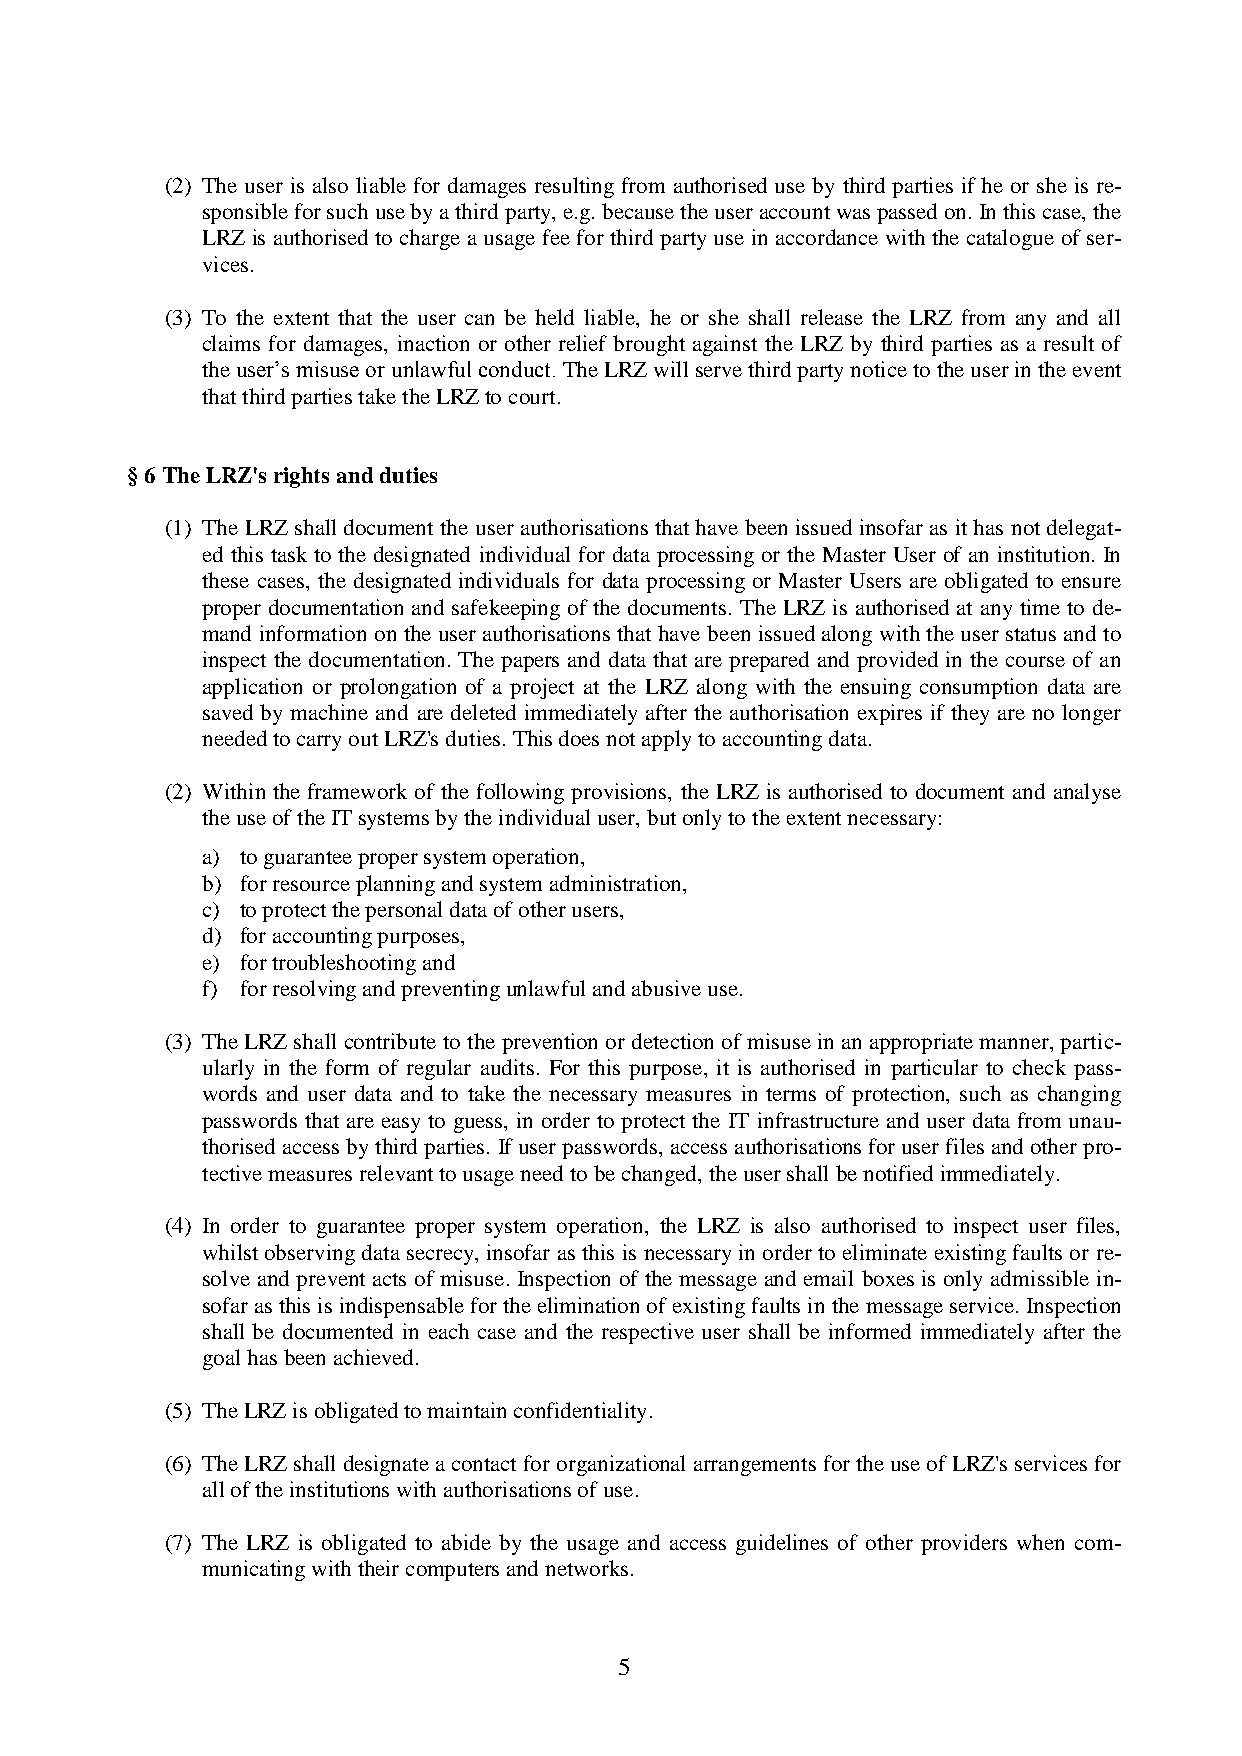
(2) The user is also liable for damages resulting from authorised use by third parties if he or she is re-
 sponsible for such use by a third party, e.g. because the user account was passed on. In this case, the
 LRZ is authorised to charge a usage fee for third party use in accordance with the catalogue of ser-
 vices.
 (3) To the extent that the user can be held liable, he or she shall release the LRZ from any and all
 claims for damages, inaction or other relief brought against the LRZ by third parties as a result of
 the user’s misuse or unlawful conduct. The LRZ will serve third party notice to the user in the event
 that third parties take the LRZ to court.
 § 6 The LRZ's rights and duties
 (1) The LRZ shall document the user authorisations that have been issued insofar as it has not delegat-
 ed this task to the designated individual for data processing or the Master User of an institution. In
 these cases, the designated individuals for data processing or Master Users are obligated to ensure
 proper documentation and safekeeping of the documents. The LRZ is authorised at any time to de-
 mand information on the user authorisations that have been issued along with the user status and to
 inspect the documentation. The papers and data that are prepared and provided in the course of an
 application or prolongation of a project at the LRZ along with the ensuing consumption data are
 saved by machine and are deleted immediately after the authorisation expires if they are no longer
 needed to carry out LRZ's duties. This does not apply to accounting data.
 (2) Within the framework of the following provisions, the LRZ is authorised to document and analyse
 the use of the IT systems by the individual user, but only to the extent necessary:
 a) to guarantee proper system operation,
 b) for resource planning and system administration,
 c) to protect the personal data of other users,
 d) for accounting purposes,
 e) for troubleshooting and
 f) for resolving and preventing unlawful and abusive use.
 (3) The LRZ shall contribute to the prevention or detection of misuse in an appropriate manner, partic-
 ularly in the form of regular audits. For this purpose, it is authorised in particular to check pass-
 words and user data and to take the necessary measures in terms of protection, such as changing
 passwords that are easy to guess, in order to protect the IT infrastructure and user data from unau-
 thorised access by third parties. If user passwords, access authorisations for user files and other pro-
 tective measures relevant to usage need to be changed, the user shall be notified immediately.
 (4) In order to guarantee proper system operation, the LRZ is also authorised to inspect user files,
 whilst observing data secrecy, insofar as this is necessary in order to eliminate existing faults or re-
 solve and prevent acts of misuse. Inspection of the message and email boxes is only admissible in-
 sofar as this is indispensable for the elimination of existing faults in the message service. Inspection
 shall be documented in each case and the respective user shall be informed immediately after the
 goal has been achieved.
 (5) The LRZ is obligated to maintain confidentiality.
 (6) The LRZ shall designate a contact for organizational arrangements for the use of LRZ's services for
 all of the institutions with authorisations of use.
 (7) The LRZ is obligated to abide by the usage and access guidelines of other providers when com-
 municating with their computers and networks.
 5